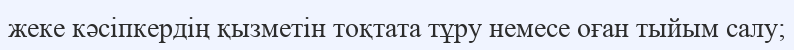
жеке кәсіпкердің қызметін тоқтата тұру немесе оған тыйым салу;